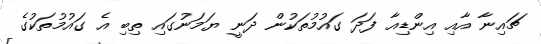
ޗައިނާ އާއި އިންޑިއާ ފަދަ ގައުމުތަކުން ދަނީ ޔަމަނުގައި ތިބި އެ ގައުމުތަކުގެ